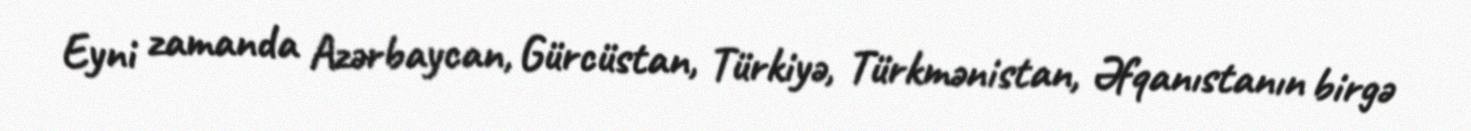
Eyni zamanda Azərbaycan, Gürcüstan, Türkiyə, Türkmənistan, Əfqanıstanın birgə